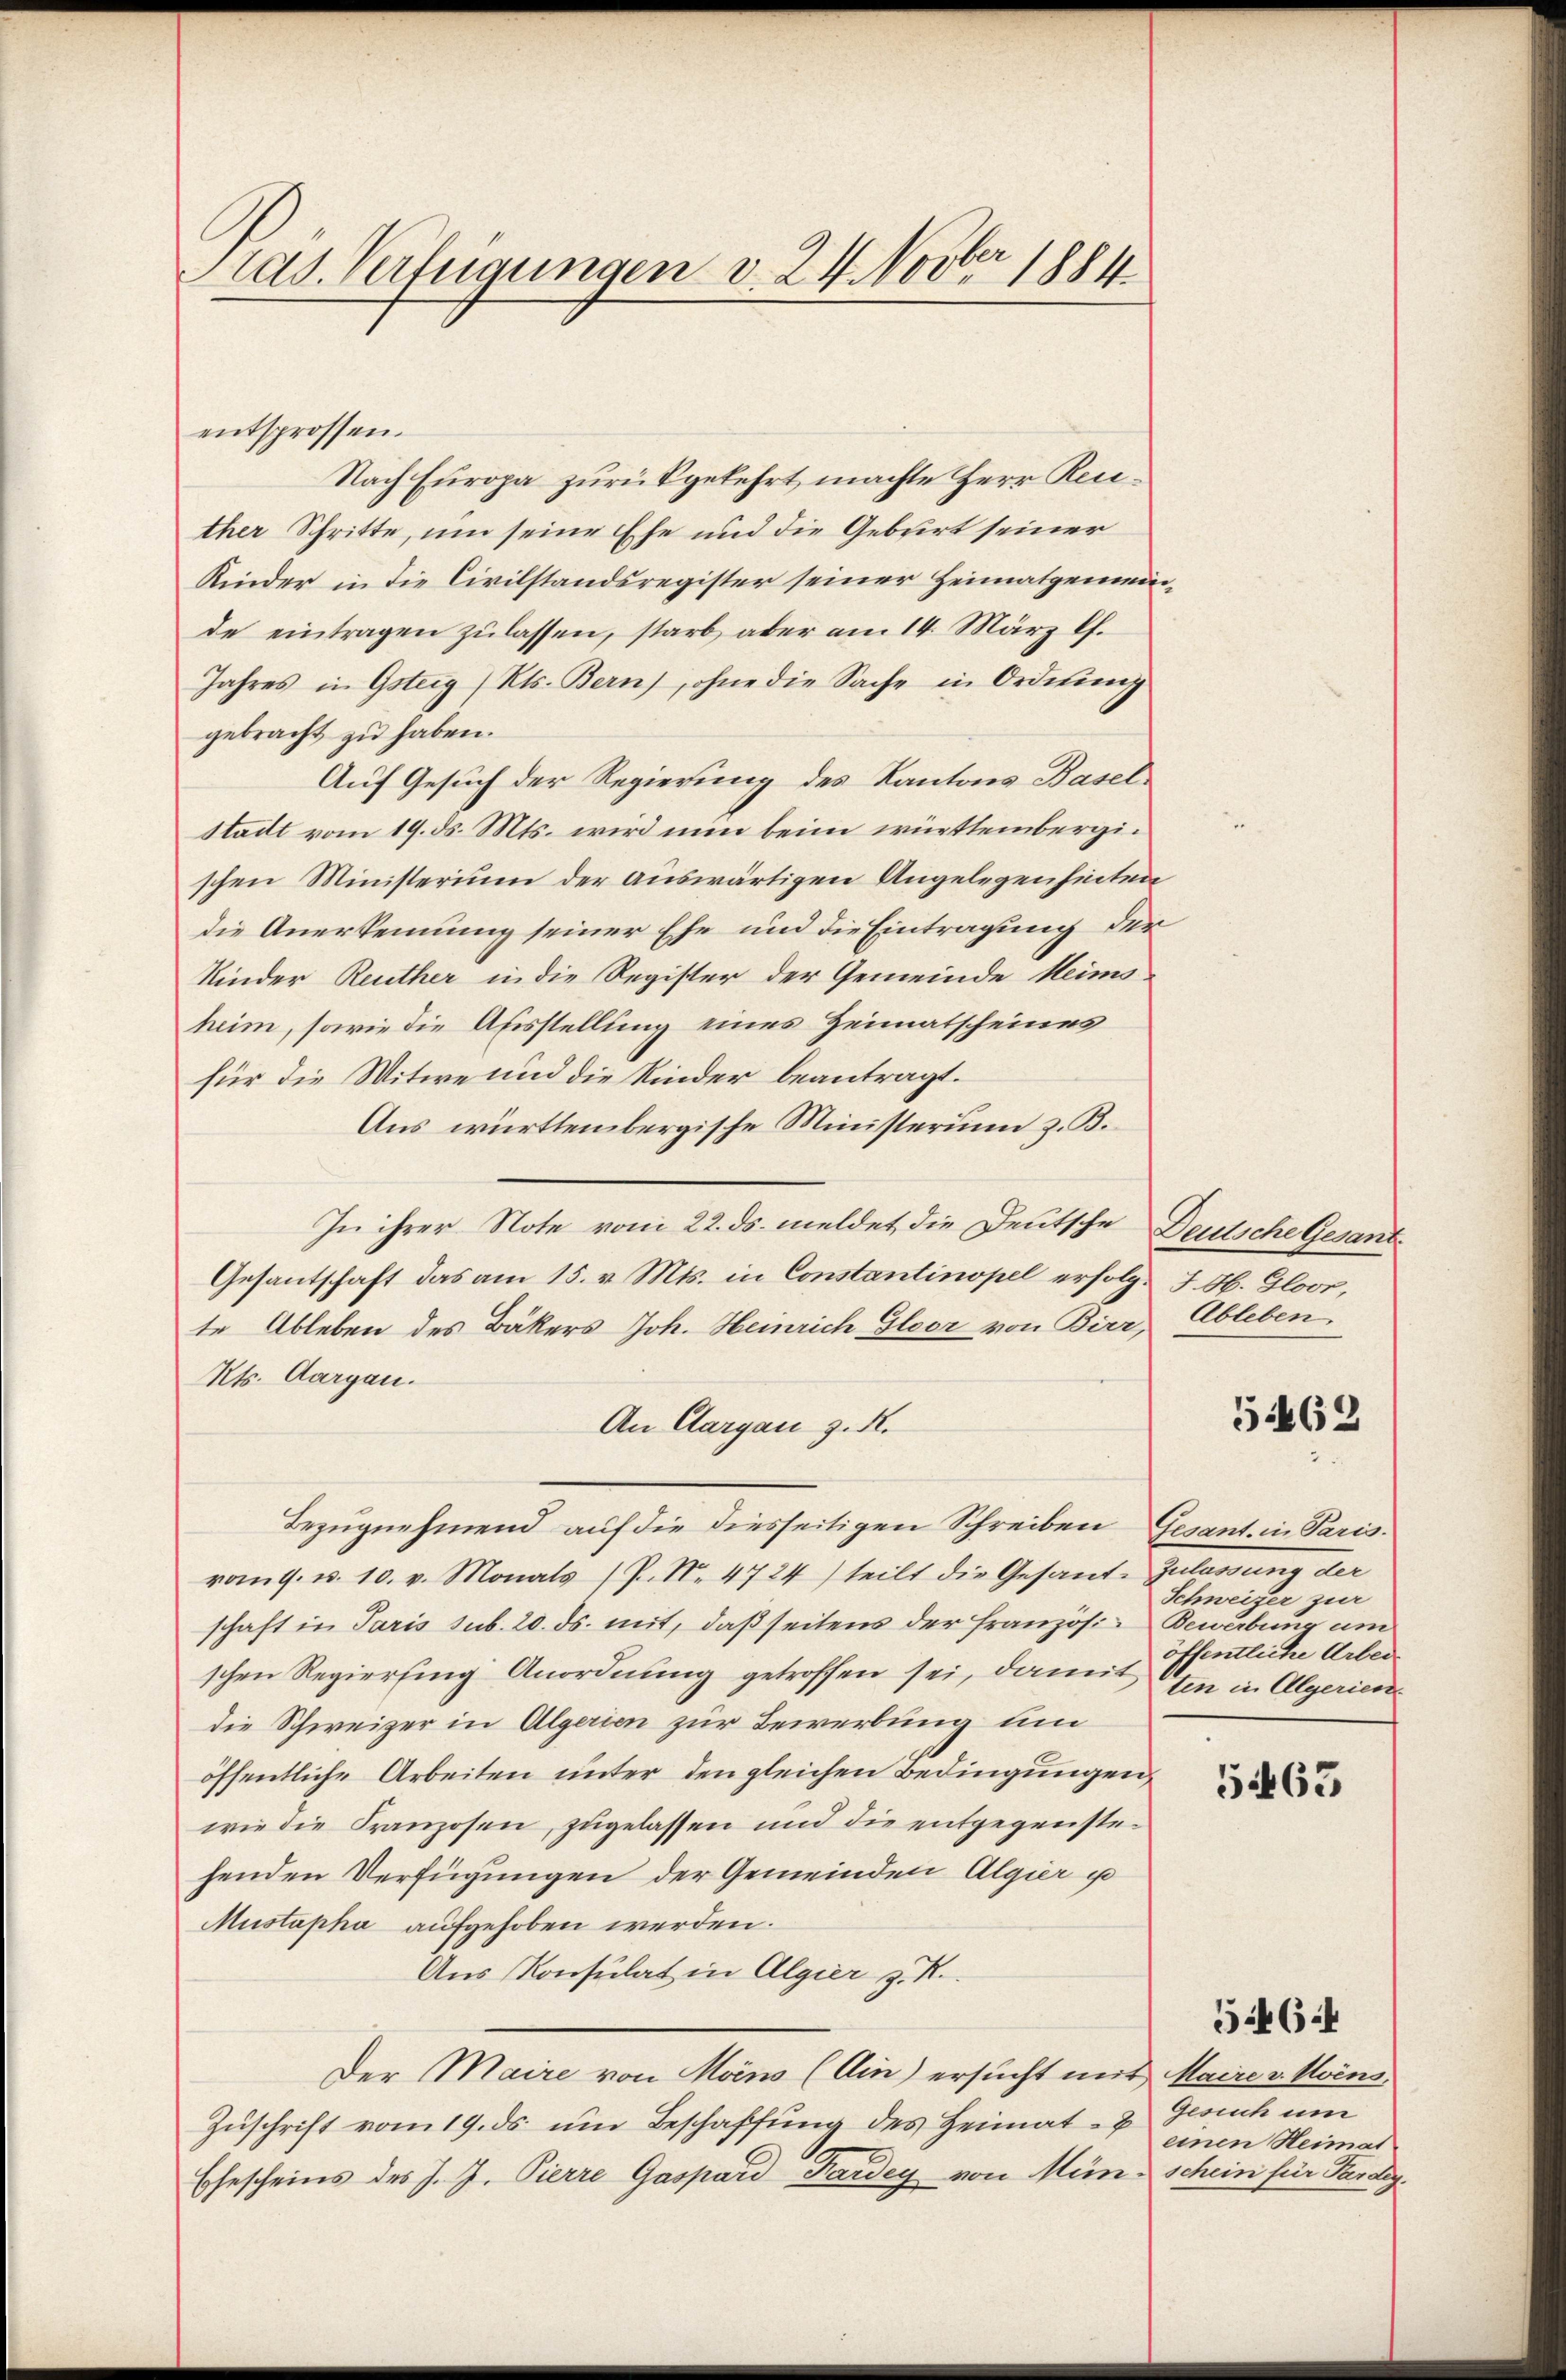
rad. Verfügungen v. 24. Novber 1884.

entsprossen.
Nach Europa zurückgekehrt machte Herr Recther Schritte, um seine Ehe und die Geburt seiner
Kinder in die Civilstandsregister seiner Heimatgemeinde eintragen zŭlassen, starb aber am 14. März l.
Jahres in Gsteig / Kts. Bern, ohne die Sache in Ordnung
gebracht zu haben.
Auf Gesuch der Regierung des Kantons Basel¬
Stadt vom 19. ds. Mts. wird nun beim württembergischen Ministerium der auswärtigen Angelegenheiten
die Anerkennung seiner Ehe und die Eintragung der
Kinder Reuther in die Register der Gemeinde Heims
heim, sowie die Ausstellung eines Heimatscheines
für die Witwe und die Kinder beantragt.
Aus württembergische Ministerium z. B.
In ihrer Note vom 22. ds. meldet die Deutsche Deutsche Gesant¬
Gesantschaft das am 15. v. Mts. in Constantinopel erfolg. J. Ab. Gloor,
te Ableben des Bäkers Joh. Heinrich Gloor von Birr, Ableben
Kts. Aargau.
An Aargau zu.
Bezugnehmend auf die diesseitigen Schreiben Gesant. in Paris.
rong. u. 10. v. Monats P. No. 4724) teilt die Gesand-Zulassung der
schaft in Paris sub. 20. ds. mit, daß seitens der Französi-Bewerbung und
schen Regierung Anordnung getroffen sei, damit
die Schweizer in Algerien zur Bewerbung un
öffentliche Arbeiten unter den gleichen Bedingungen,
wie die Franzosen, zugelassen und die entgegenstehenden Verfügungen der Gemeinden Algier u
Mustapha aufgehoben werden.
Aus Konsulat in Algier z. R.
Der Maire von Möns (Ain) ersucht mit Maire v. Urins
Zuschrift vom 19. ds um Beschaffung des Heimat- & Gesuch um
Ehescheins des J. J. Pierre Gaspard Pardey von Mein schein für Pardeg¬

5462

Schweizer zur
öffentliche Arbeiten in Algerien

5463

einen Heimat

5464